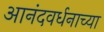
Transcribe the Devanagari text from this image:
आनंदवर्धनाच्या